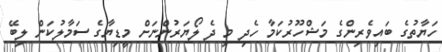
ހަޔާތުގެ ބައިވެރިންގެ މަޝްހޫރުކަމާ ހެދި މި ދެ ލޯޔަރުންނަށް މީޑިޔާގެ ސަމާލުކަން ލިބޭ